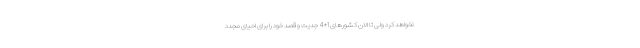
نخواهد کرد ولی تا الان کشورهای 1+4 جدیت و قصد خود را برای احیای مجدد